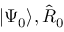
| \Psi _ { 0 } \rangle , \hat { R } _ { 0 }